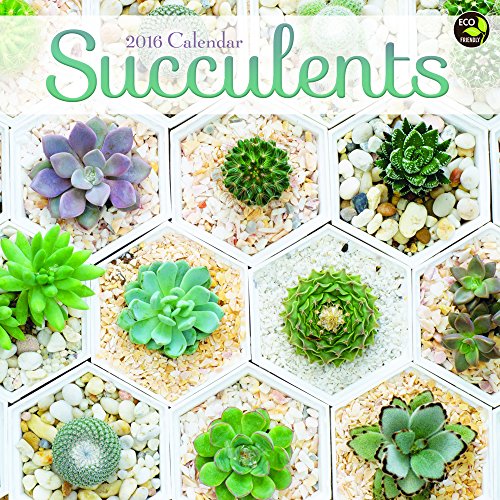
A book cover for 2016 Succulents Wall Calendar; TF Publishing; Crafts, Hobbies & Home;